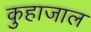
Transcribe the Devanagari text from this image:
कुहाजाल